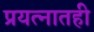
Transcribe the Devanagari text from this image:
प्रयत्नातही